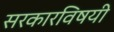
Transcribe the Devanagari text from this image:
सरकारविषयी